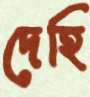
দেহি